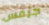
جيمس